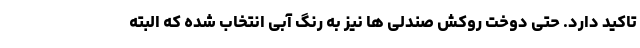
تاکید دارد. حتی دوخت روکش صندلی ها نیز به رنگ آبی انتخاب شده که البته